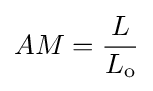
AM={\frac {L}{L_{\mathrm {o} }}}